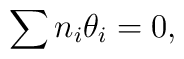
\sum n_i \theta_i=0,